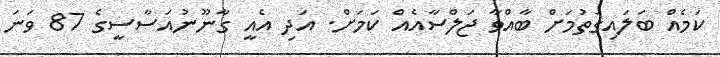
ކަމެއް ބަލައިގަތުމަށް ބާއްވާ ޖަލްސާއެއް ކަމަށް. އަދި އެއީ ގާނޫނުއަސާސީގެ 87 ވަނަ